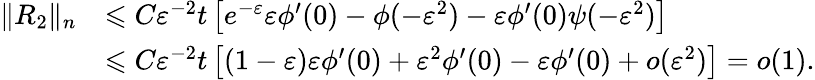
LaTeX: \begin{array}{rl}{\| R_{2}\| _{n}}&{\leqslant C\varepsilon^{-2}t\left[e^{-\varepsilon}\varepsilon\phi^{\prime}(0)-\phi(-\varepsilon^{2})-\varepsilon\phi^{\prime}(0)\psi(-\varepsilon^{2})\right]}\\ &{\leqslant C\varepsilon^{-2}t\left[(1-\varepsilon)\varepsilon\phi^{\prime}(0)+\varepsilon^{2}\phi^{\prime}(0)-\varepsilon\phi^{\prime}(0)+o(\varepsilon^{2})\right]=o(1).}\end{array}